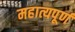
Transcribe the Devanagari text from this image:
महात्यपूर्ण